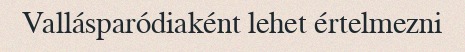
Vallásparódiaként lehet értelmezni